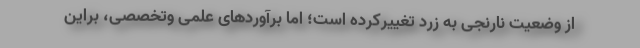
از وضعیت نارنجی به زرد تغییرکرده است؛ اما برآوردهای علمی وتخصصی، براین